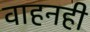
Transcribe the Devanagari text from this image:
वाहनही